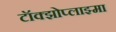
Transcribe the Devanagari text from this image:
टॉक्झोप्लाझ्मा